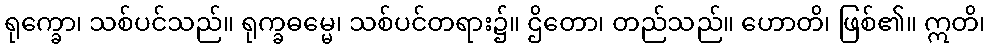
ရုက္ခော၊ သစ်ပင်သည်။ ရုက္ခဓမ္မေ၊ သစ်ပင်တရား၌။ ဌိတော၊ တည်သည်။ ဟောတိ၊ ဖြစ်၏။ ဣတိ၊